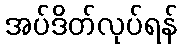
အပ်ဒိတ်လုပ်ရန်